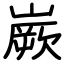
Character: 嶡